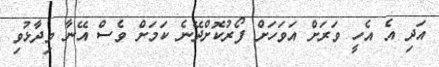
އަދި އެ އެހީ ވަރަށް އަވަހަށް ފޯރުކޮށްދޭނެ ކަމަށް ވެސް އޭނާ ވިދާޅުވި